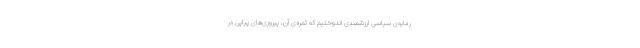
رمایه‌ی سیاسی ارزشمندی اندوختیم که ثمره‌ی آن، پیروزی‌های پیاپی در